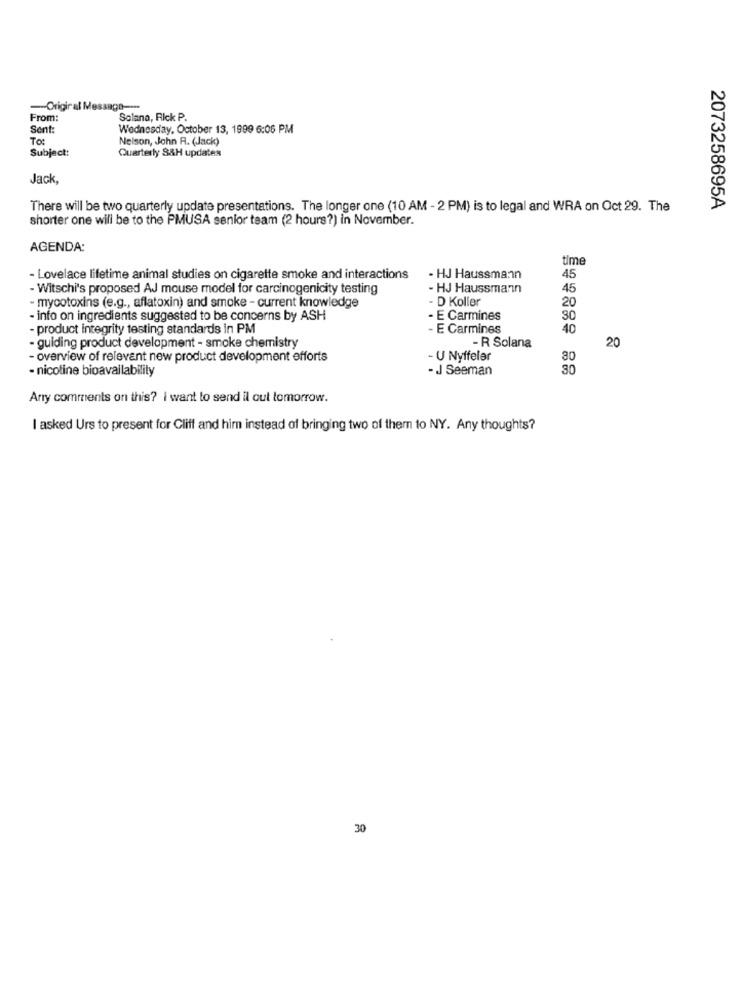
-Original Message ---
From:
Solana, Rick P.
Sent:
Wednesday, October 13, 1999 6:06 PM
To:
Nelson, John R. (Jack)
Subject:
Quarterly S&H updates
Jack,
There will be two quarterly update presentations. The longer one (10 AM - 2 PM) is to legal and WRA on Oct 29. The
2073258695A
shorter one will be to the PMUSA senior team (2 hours?) in November.
AGENDA:
time
- Lovelace lifetime animal studies on cigarette smoke and interactions
- HJ Haussmann
45
- Witschi's proposed AJ mouse model for carcinogenicity testing
- HJ Haussmann
45
- mycotoxins (e.g ., aflatoxin) and smoke - current knowledge
- D Koller
20
- info on ingredients suggested to be concerns by ASH
- E Carmines
30
- product integrity testing standards in PM
- E Carmines
40
- guiding product development - smoke chemistry
- R Solana
20
- overview of relevant new product development efforts
- U Nyffeler
30
- nicotine bioavailability
- J Seeman
30
Arry comments on this? I want to send il out tomorrow.
I asked Urs to present for Cliff and him instead of bringing two of them to NY. Any thoughts?
30